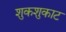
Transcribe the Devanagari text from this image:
शुकशुकाट